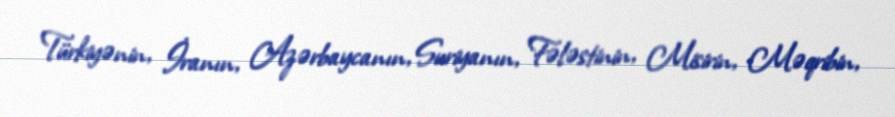
Türkiyənin, İranın, Azərbaycanın, Suriyanın, Fələstinin, Misirin, Məqribin,